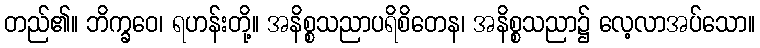
တည်၏။ ဘိက္ခဝေ၊ ရဟန်းတို့။ အနိစ္စသညာပရိစိတေန၊ အနိစ္စသညာ၌ လေ့လာအပ်သော။